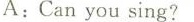
A:Can you sing?